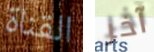
القناة آخر